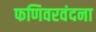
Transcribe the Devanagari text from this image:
फणिवरवंदना